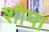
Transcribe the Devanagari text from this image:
शौपा